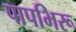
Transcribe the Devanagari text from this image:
पापभिरू